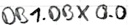
Text: DB1.DBX 0.0